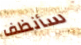
سأنظف